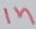
Text: in